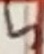
Text: 5